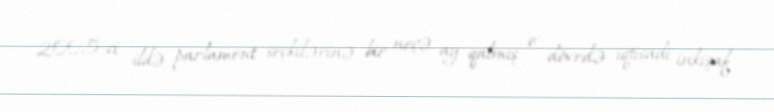
2005-ci ildə parlament seçkilərinə bir neçə ay qalmış o dövrdə iqtisadi inkişaf